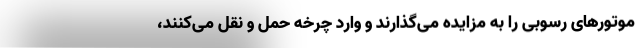
موتور‌های رسوبی را به مزایده می‌گذارند و وارد چرخه حمل و نقل می‌کنند،